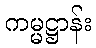
ကမ္မဋ္ဌာန်း